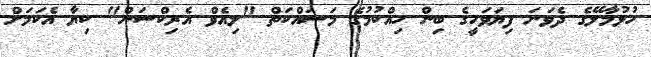
ހުޅުމާލޭގެ ދެވަނަ ފިޔަވަހީގެ ބިން ހިއްކުމުގެ މަސައްކަތް "ލިއެވް އެރިކްސަން" ކިޔާ އެކަމަށް